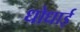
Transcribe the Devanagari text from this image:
धोधाई